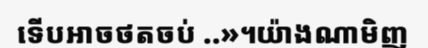
ទើបអាចថតចប់ ..»។យ៉ាងណាមិញ